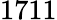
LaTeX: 1711